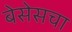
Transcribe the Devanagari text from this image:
बेसेसचा